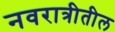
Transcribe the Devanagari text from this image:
नवरात्रीतील